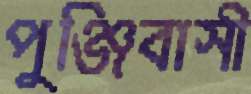
পুঞ্জিবাসী